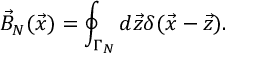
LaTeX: \vec { B } _ { N } ( \vec { x } ) = \oint _ { \Gamma _ { N } } d \vec { z } \delta ( \vec { x } - \vec { z } ) .